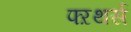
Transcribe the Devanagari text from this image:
फ्ऱथर्स